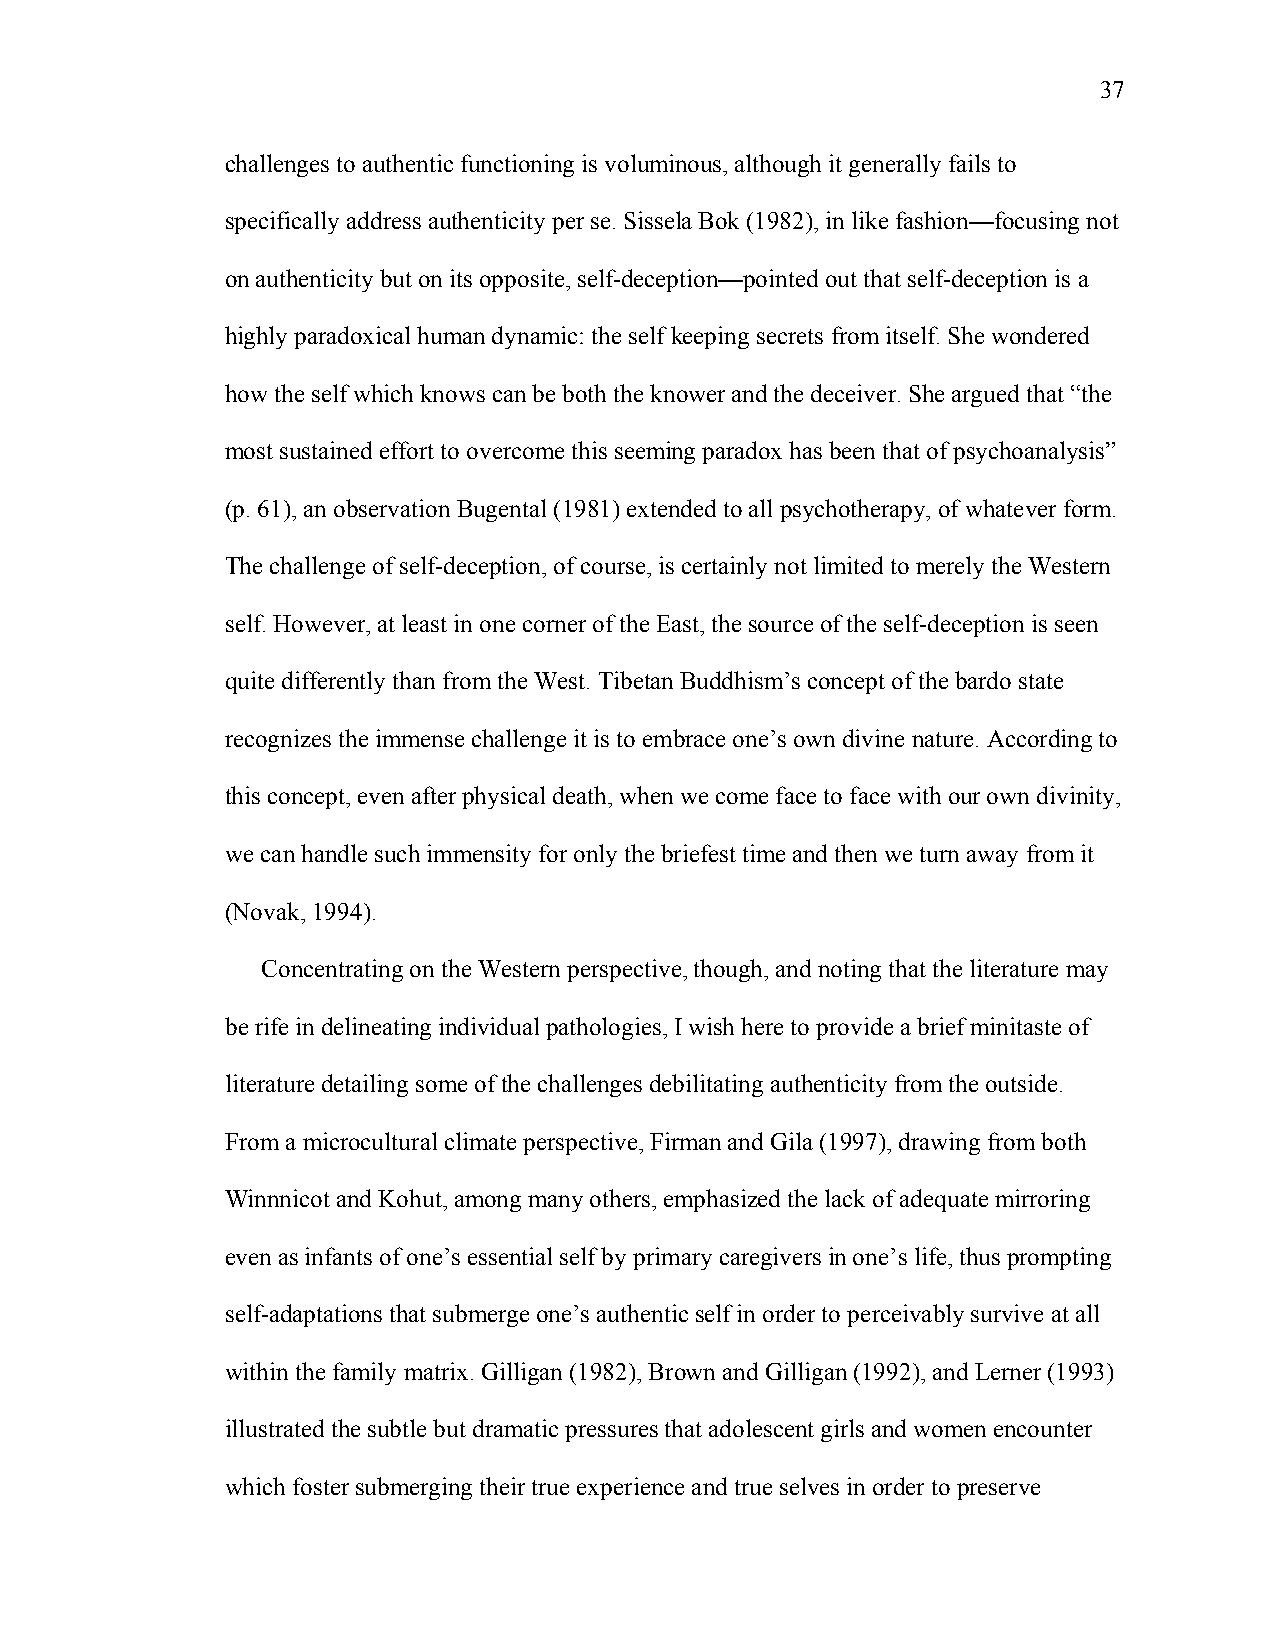
37
 challenges to authentic functioning is voluminous, although it generally fails to
 specifically address authenticity per se. Sissela Bok (1982), in like fashion—focusing not
 on authenticity but on its opposite, self-deception—pointed out that self-deception is a
 highly paradoxical human dynamic: the self keeping secrets from itself. She wondered
 how the self which knows can be both the knower and the deceiver. She argued that “the
 most sustained effort to overcome this seeming paradox has been that of psychoanalysis”
 (p. 61), an observation Bugental (1981) extended to all psychotherapy, of whatever form.
 The challenge of self-deception, of course, is certainly not limited to merely the Western
 self. However, at least in one corner of the East, the source of the self-deception is seen
 quite differently than from the West. Tibetan Buddhism’s concept of the bardo state
 recognizes the immense challenge it is to embrace one’s own divine nature. According to
 this concept, even after physical death, when we come face to face with our own divinity,
 we can handle such immensity for only the briefest time and then we turn away from it
 (Novak, 1994).
 Concentrating on the Western perspective, though, and noting that the literature may
 be rife in delineating individual pathologies, I wish here to provide a brief minitaste of
 literature detailing some of the challenges debilitating authenticity from the outside.
 From a microcultural climate perspective, Firman and Gila (1997), drawing from both
 Winnnicot and Kohut, among many others, emphasized the lack of adequate mirroring
 even as infants of one’s essential self by primary caregivers in one’s life, thus prompting
 self-adaptations that submerge one’s authentic self in order to perceivably survive at all
 within the family matrix. Gilligan (1982), Brown and Gilligan (1992), and Lerner (1993)
 illustrated the subtle but dramatic pressures that adolescent girls and women encounter
 which foster submerging their true experience and true selves in order to preserve